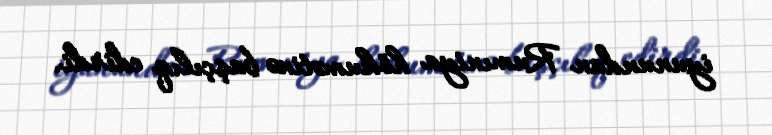
iyunundan Rumıniya hökumətinə başçılıq edirdi.